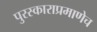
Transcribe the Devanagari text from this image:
पुरस्काराप्रमाणेच